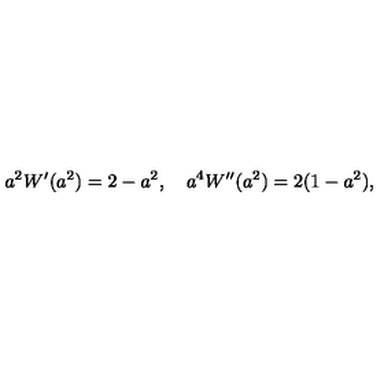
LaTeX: a ^ { 2 } W ^ { \prime } ( a ^ { 2 } ) = 2 - a ^ { 2 } , \quad a ^ { 4 } W ^ { \prime \prime } ( a ^ { 2 } ) = 2 ( 1 - a ^ { 2 } ) ,